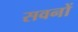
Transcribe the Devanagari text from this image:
सवनों